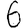
Digit: 6